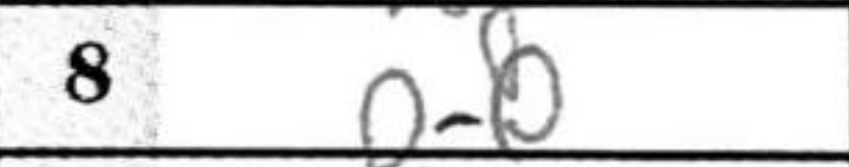
Transcription: O-O